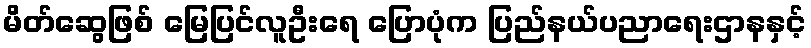
မိတ်ဆွေဖြစ် မြေပြင်လူဦးရေ ပြောပုံက ပြည်နယ်ပညာရေးဌာနနှင့်